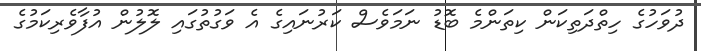
ދުވަހުގެ ހިތްދަތިކަން ކިތަންމެ ބޮޑު ނަމަވެސް ކަރުނައިގެ އެ ވަގުތުގައި ލޮލުން އުފާވެރިކަމުގެ